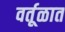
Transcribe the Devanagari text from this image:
वर्तूळात